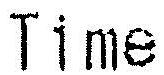
TIME